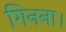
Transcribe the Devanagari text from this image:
गिनना।